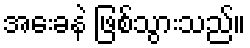
အေးခနဲ ဖြစ်သွားသည်။